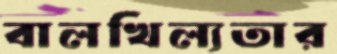
বালখিল্যতার